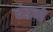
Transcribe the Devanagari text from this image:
दंडगे